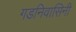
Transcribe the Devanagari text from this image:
गडनिवासिनी